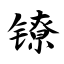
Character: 镣